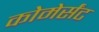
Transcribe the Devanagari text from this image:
कोमेर्संट